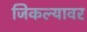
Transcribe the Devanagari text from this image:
जिकल्यावर